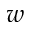
w